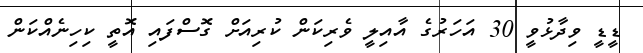
ޑީޑީ ވިދާޅުވީ 30 އަހަރުގެ އާއިލީ ވެރިކަން ކުރިއަށް ގޮސްފައި އޮތީ ކިހިނެއްކަން